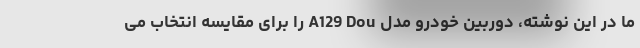
ما در این نوشته، دوربین خودرو مدل A129 Dou را برای مقایسه انتخاب می